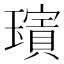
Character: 𱯱